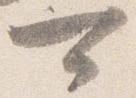
可